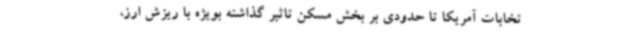
تخابات آمریکا تا حدودی بر بخش مسکن تاثیر گذاشته بویژه با ریزش ارز،